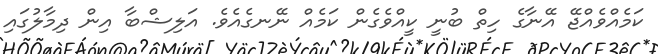
ކަމެއްވެއްޖޭ އޭނާގެ ހިތް ބުނީ ކީއްވެގެން ކަމެއް ނޭނގެއެވެ. އަލިޝްބާ އިން ދިމާލުގައި